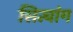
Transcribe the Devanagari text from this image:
सिन्चांग